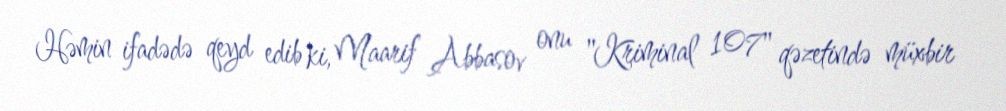
Həmin ifadədə qeyd edib ki, Maarif Abbasov onu "Kriminal 107" qəzetində müxbir